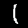
Digit: 1